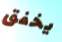
يخفق